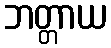
ဘတ္တာယ